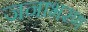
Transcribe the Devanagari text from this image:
जनाभरण